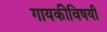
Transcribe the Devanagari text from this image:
गायकीविषयी